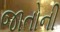
જાતોની